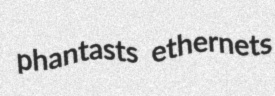
phantasts ethernets